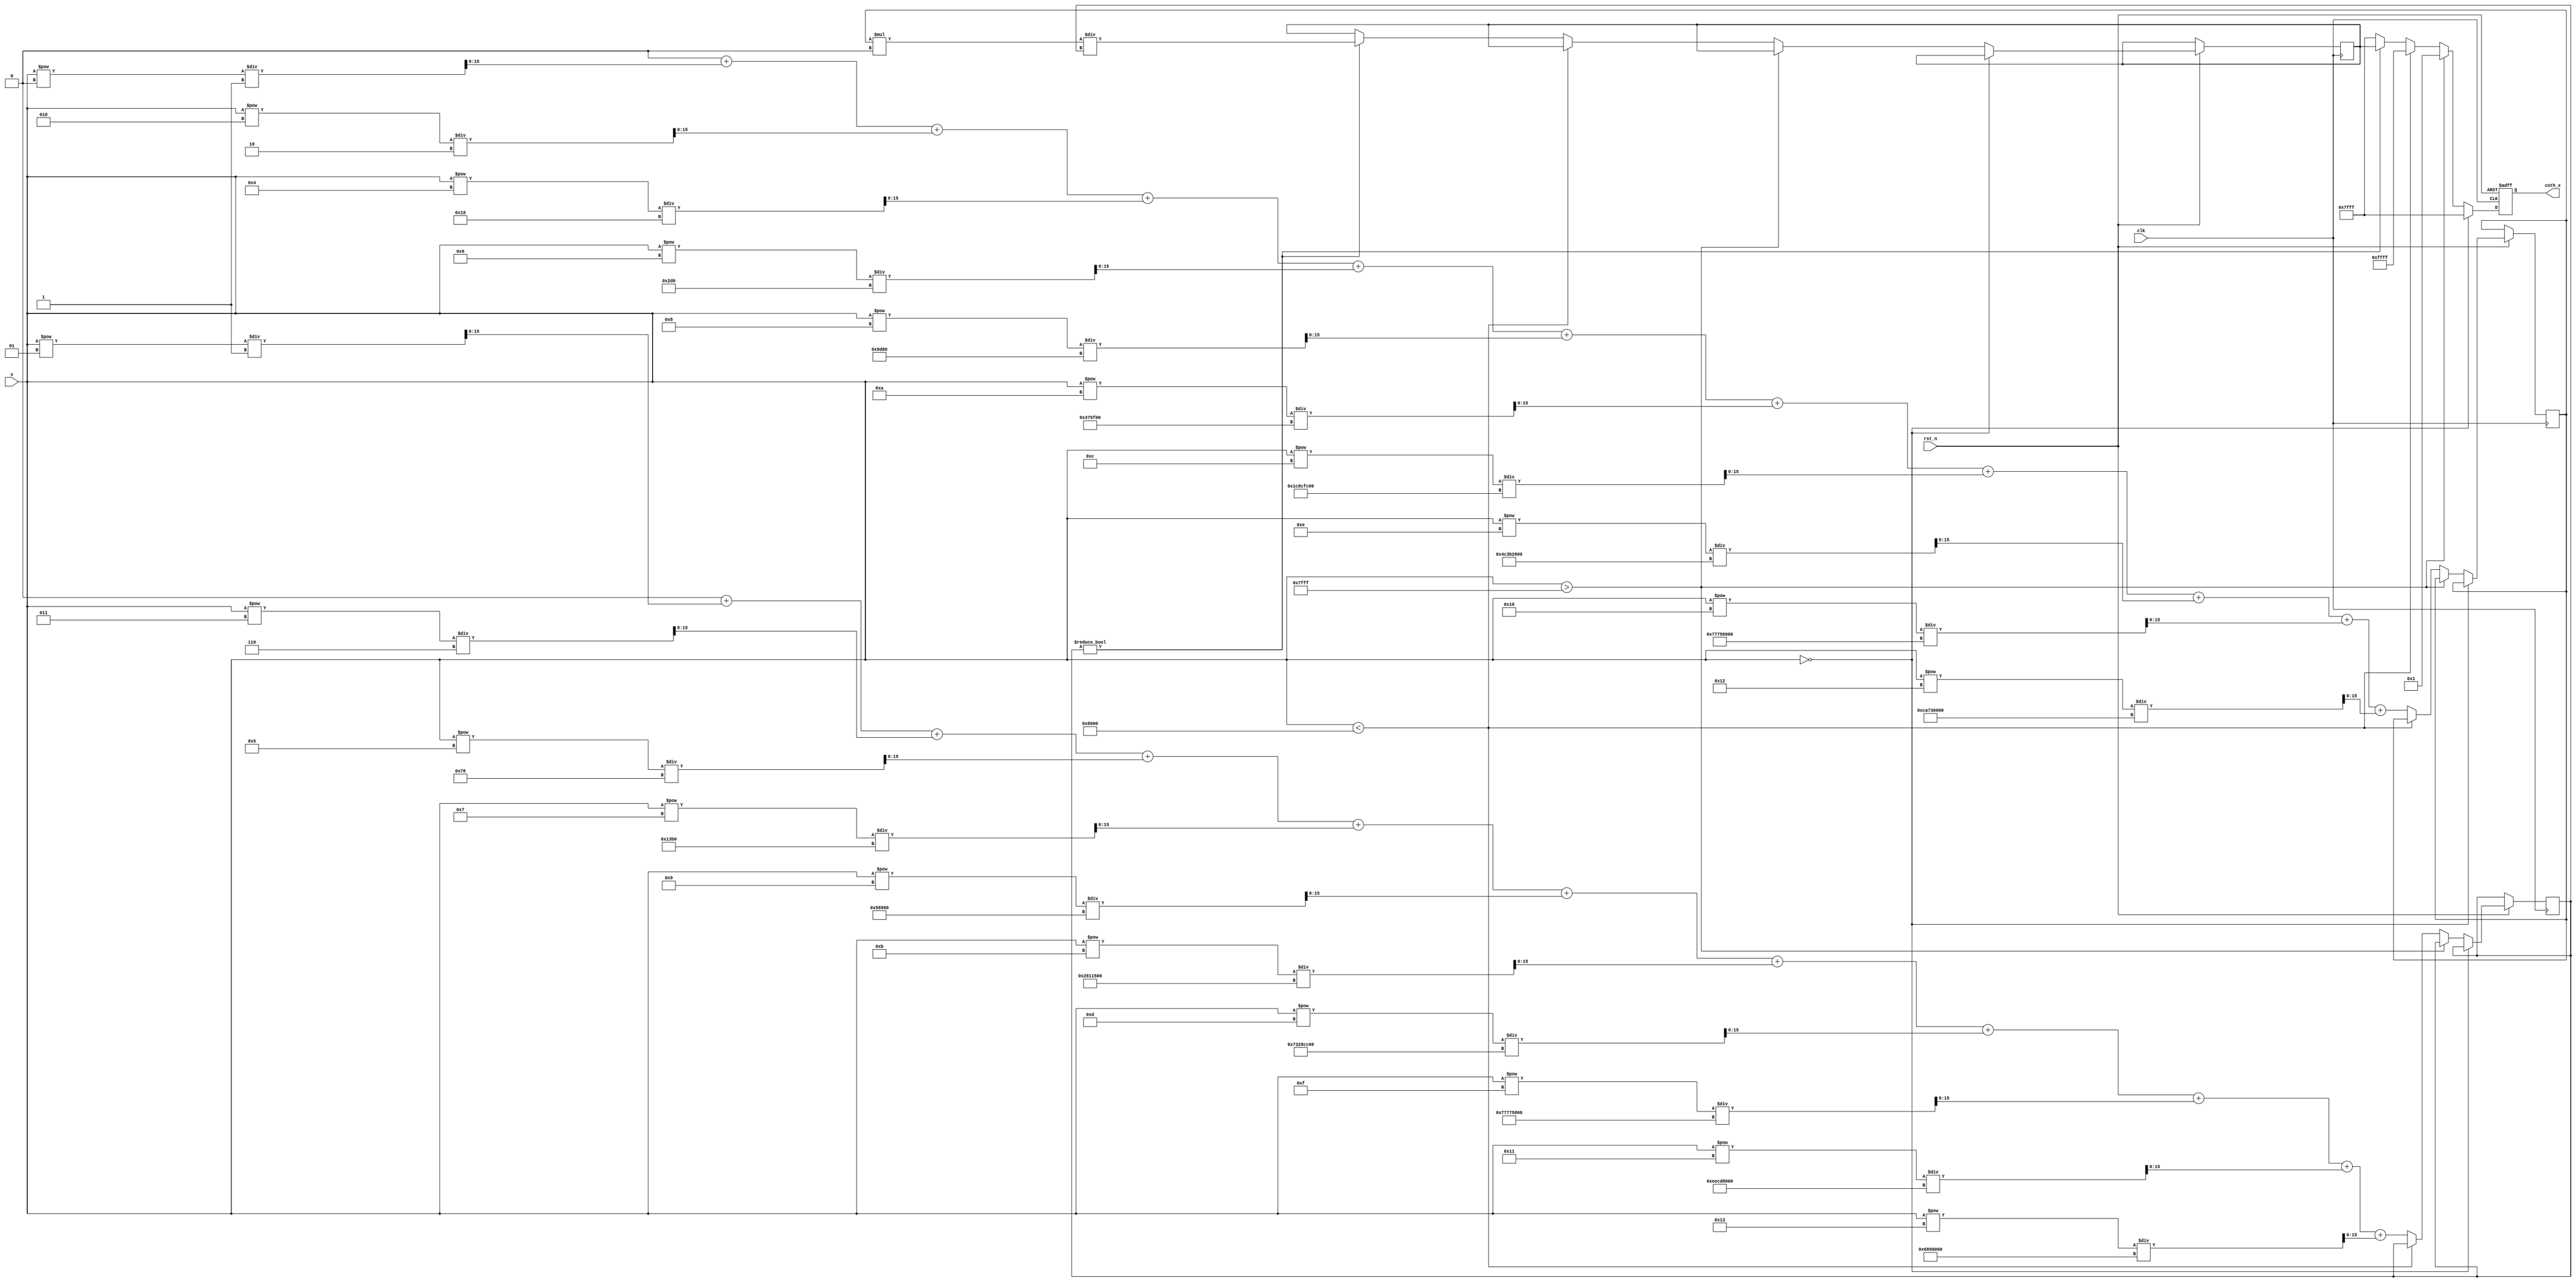
module coth (
    input wire clk,
    input wire rst_n,
    input wire [15:0] x, // 16-bit fixed-point input
    output reg [15:0] coth_x // 16-bit fixed-point output
);

    // Internal signals
    reg [15:0] sinh_x;
    reg [15:0] cosh_x;
    reg [15:0] temp_coth;
    reg valid;

    // Constants for fixed-point representation
    parameter MAX_VALUE = 16'h7FFF; // Maximum positive value for 16-bit signed
    parameter MIN_VALUE = 16'h8000; // Minimum negative value for 16-bit signed
    parameter ZERO = 16'h0000; // Fixed-point representation of 0

    // Function to compute sinh(x) using Taylor series
    function [15:0] sinh;
        input [15:0] x;
        reg [31:0] sum;
        integer i;
        begin
            sum = 0;
            for (i = 0; i < 10; i = i + 1) begin
                sum = sum + ((x ** (2*i + 1)) / factorial(2*i + 1));
            end
            sinh = sum[15:0]; // Return lower 16 bits
        end
    endfunction

    // Function to compute cosh(x) using Taylor series
    function [15:0] cosh;
        input [15:0] x;
        reg [31:0] sum;
        integer i;
        begin
            sum = 0;
            for (i = 0; i < 10; i = i + 1) begin
                sum = sum + ((x ** (2*i)) / factorial(2*i));
            end
            cosh = sum[15:0]; // Return lower 16 bits
        end
    endfunction

    // Factorial function
    function [31:0] factorial;
        input integer n;
        integer i;
        begin
            factorial = 1;
            for (i = 1; i <= n; i = i + 1) begin
                factorial = factorial * i;
            end
        end
    endfunction

    // Compute coth in always block
    always @(posedge clk or negedge rst_n) begin
        if (!rst_n) begin
            coth_x <= 0;
            valid <= 0;
        end else begin
            if (x == ZERO) begin
                // Handle the case where x = 0
                coth_x <= MAX_VALUE; // Return max value for undefined
                valid <= 1;
            end else if (x > MAX_VALUE) begin
                // Handle large positive values
                coth_x <= 16'h0001; // Approaches 1
                valid <= 1;
            end else if (x < MIN_VALUE) begin
                // Handle large negative values
                coth_x <= 16'hFFFF; // Approaches -1
                valid <= 1;
            end else begin
                // Normal computation
                sinh_x <= sinh(x);
                cosh_x <= cosh(x);
                if (sinh_x != 0) begin
                    temp_coth <= (cosh_x * 16'h10000) / sinh_x; // Fixed-point division
                    coth_x <= temp_coth[15:0]; // Capture the result
                end else begin
                    coth_x <= MAX_VALUE; // Handle division by zero
                end
                valid <= 1;
            end
        end
    end

endmodule